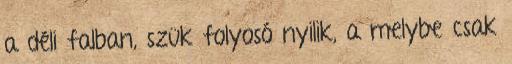
a déli falban, szük folyosó nyilik, a melybe csak